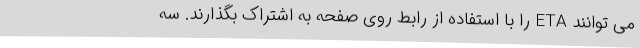
می توانند ETA را با استفاده از رابط روی صفحه به اشتراک بگذارند. سه